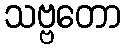
သဗ္ဗတော